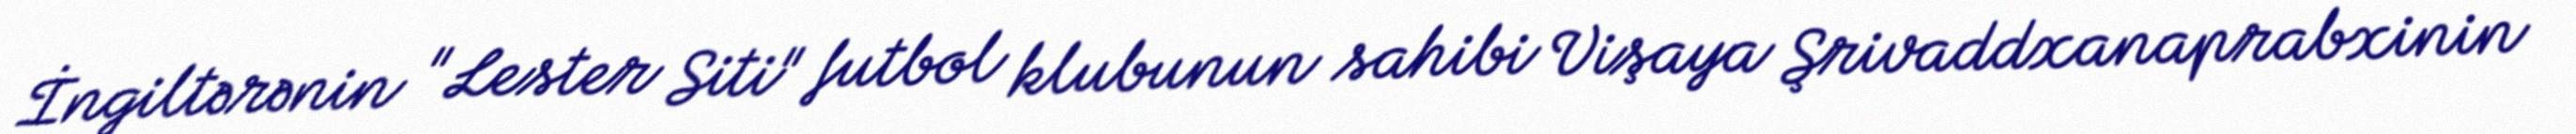
İngiltərənin "Lester Siti" futbol klubunun sahibi Vişaya Şrivaddxanaprabxinin